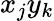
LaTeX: x_{j}y_{k}